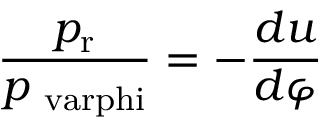
{ \frac { p _ { \mathrm { r } } } { p _ { \mathrm { \ v a r p h i } } } } = - { \frac { d u } { d \varphi } }